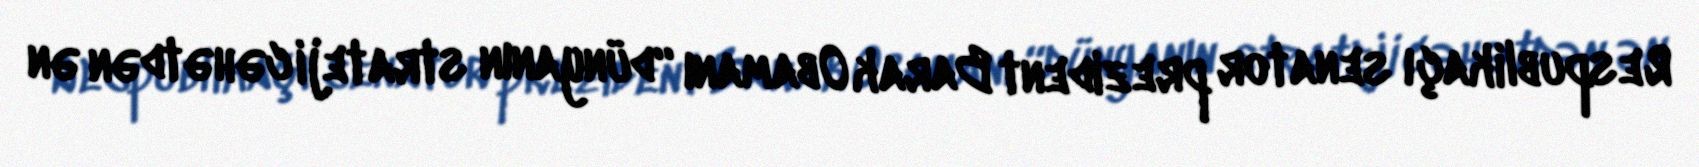
Respublikaçı senator prezident Barak Obamanı “dünyanın strateji cəhətdən ən